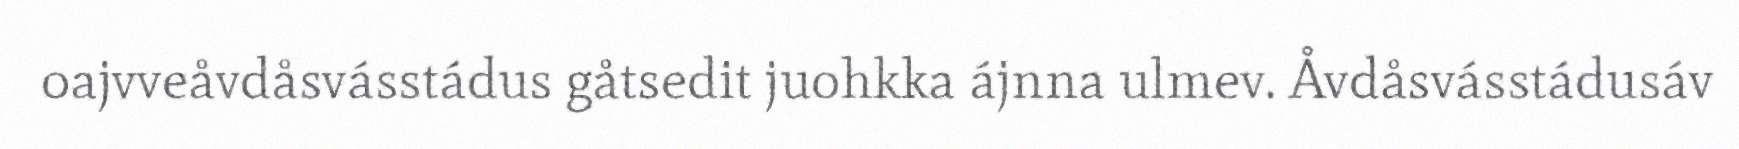
oajvveåvdåsvásstádus gåtsedit juohkka ájnna ulmev. Åvdåsvásstádusáv